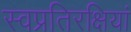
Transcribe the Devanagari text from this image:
स्वप्रतिरक्षियां